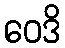
ဝေဒိ